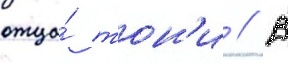
отца́ тон'и // В